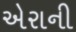
એરાની